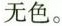
无色。